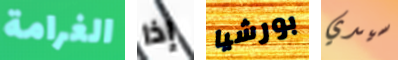
الغرامة إذا بورشيا سيدي